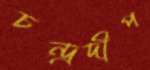
চন্দ্রদীপ